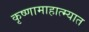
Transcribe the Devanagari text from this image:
कृष्णामाहात्म्यात